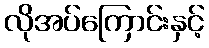
လိုအပ်ကြောင်းနှင့်